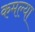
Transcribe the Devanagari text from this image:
कमल्या